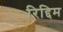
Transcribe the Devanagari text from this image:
रिद्दिम